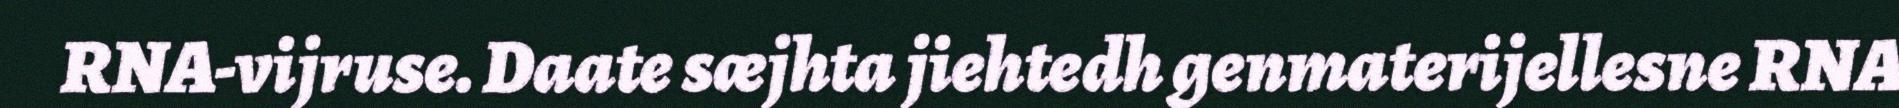
RNA-vijruse. Daate sæjhta jiehtedh genmaterijellesne RNA